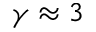
\gamma \approx 3